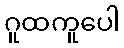
ဂူထကူပေါ